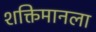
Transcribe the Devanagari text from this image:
शक्तिमानला